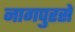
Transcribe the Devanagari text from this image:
नागपुरसे